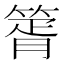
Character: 䈝